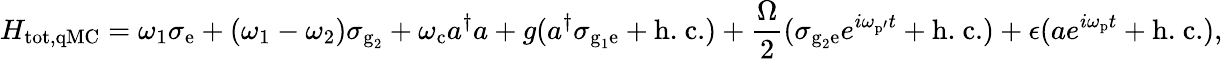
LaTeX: H_{\textrm{tot,qMC}}=\omega_{1}\sigma_{\textrm{e}}+(\omega_{1}-\omega_{2})\sigma_{\textrm{g}_{2}}+\omega_{\textrm{c}}a^{\dagger}a+g(a^{\dagger}\sigma_{\textrm{g}_{1}\textrm{e}}+\textrm{h.~c.})+\frac{\Omega}{2}(\sigma_{\textrm{g}_{2}\textrm{e}}e^{i\omega_{\textrm{p}\mathrm{'}}t}+\textrm{h.~c.})+\epsilon(ae^{i\omega_{\textrm{p}}t}+\textrm{h.~c.}),